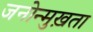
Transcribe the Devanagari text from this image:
जनोन्मुख़ता